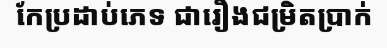
កែប្រដាប់ភេទ ជារឿងជម្រិតប្រាក់